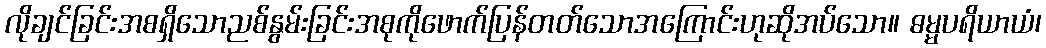
လိုချင်ခြင်းအစရှိသောညစ်နွမ်းခြင်းအစုကိုဖောက်ပြန်တတ်သောအကြောင်းဟုဆိုအပ်သော။ ဓမ္မပရိယာယံ၊